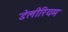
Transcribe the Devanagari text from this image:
डेलीरियम